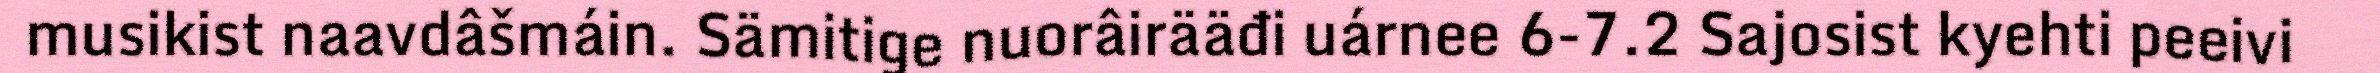
musikist naavdâšmáin. Sämitige nuorâirääđi uárnee 6-7.2 Sajosist kyehti peeivi